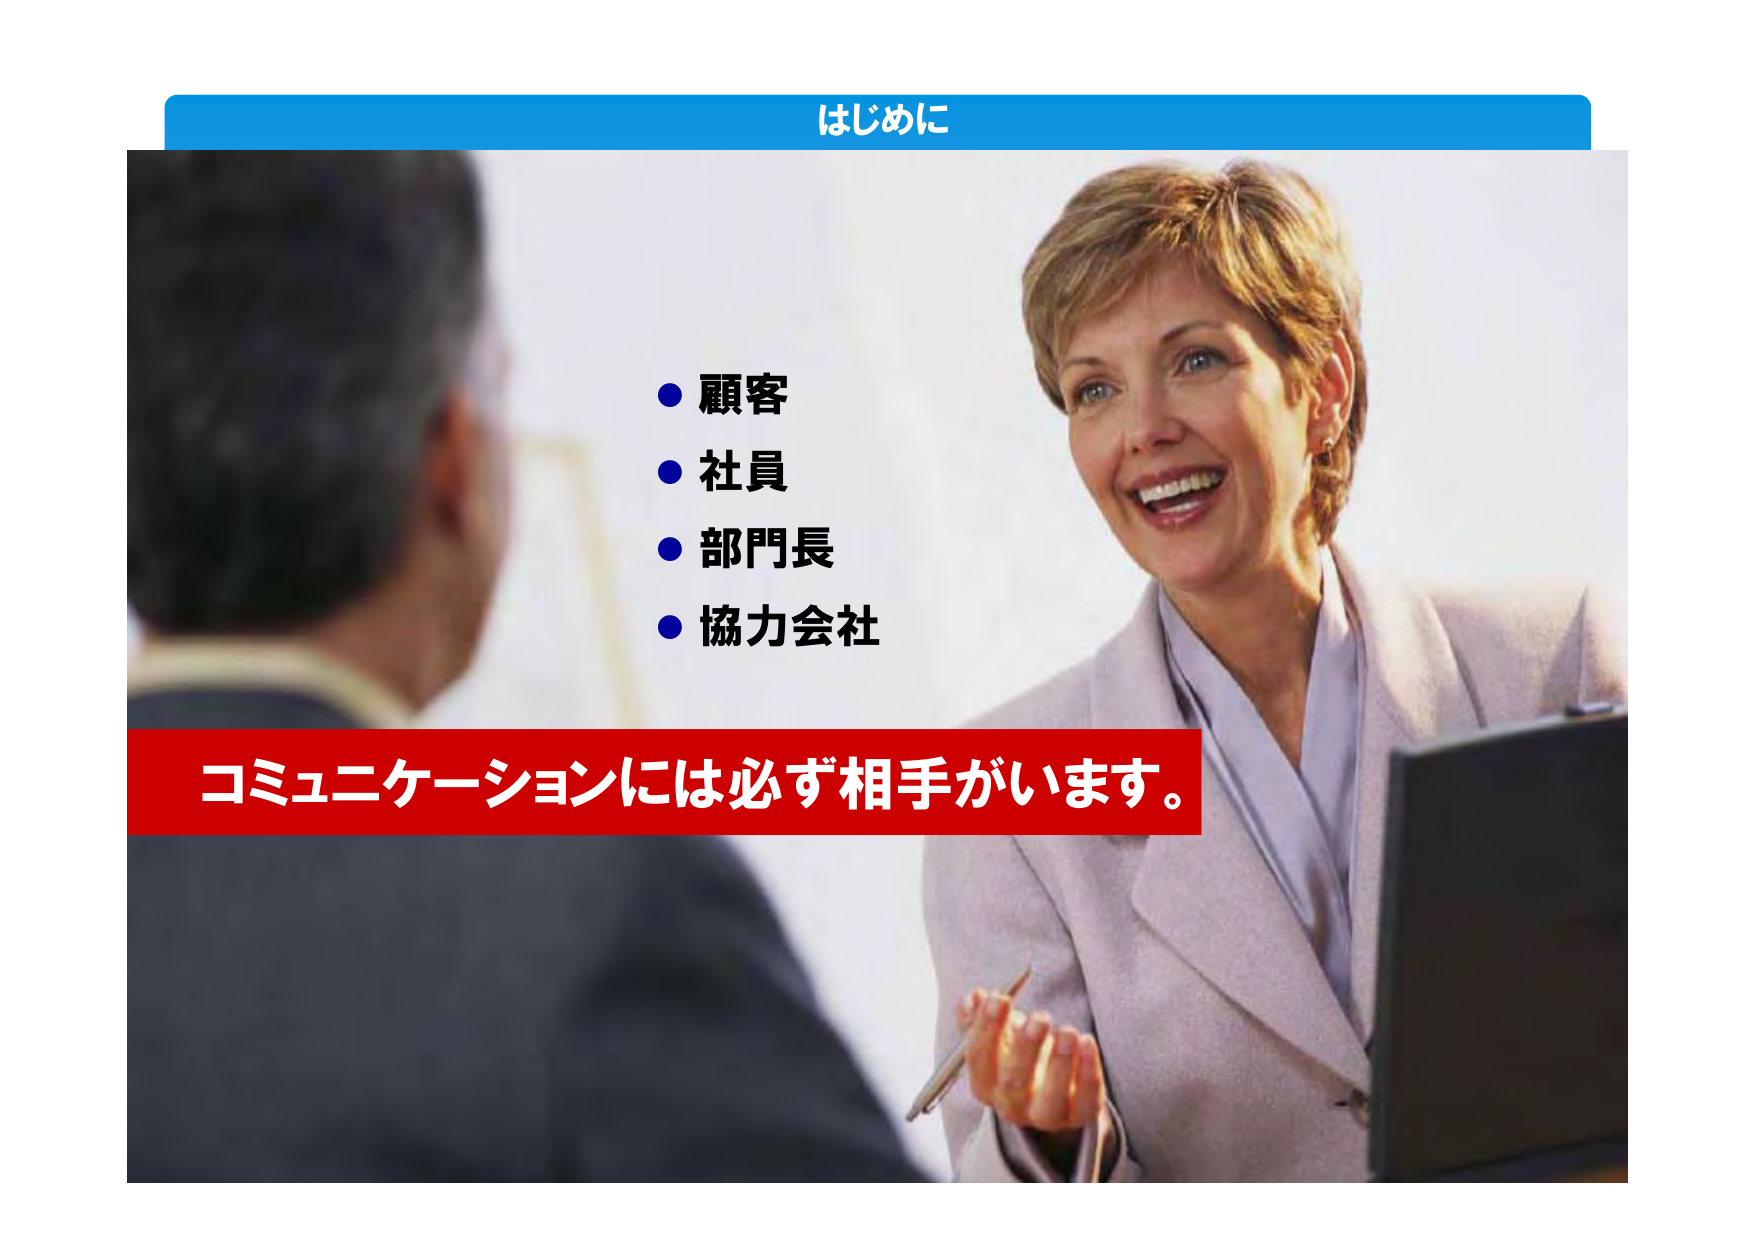
はじめに

・顧客
・社員
・部門長
・協力会社

コミュニケーションには必ず相手がいます。